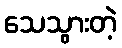
သေသွားတဲ့